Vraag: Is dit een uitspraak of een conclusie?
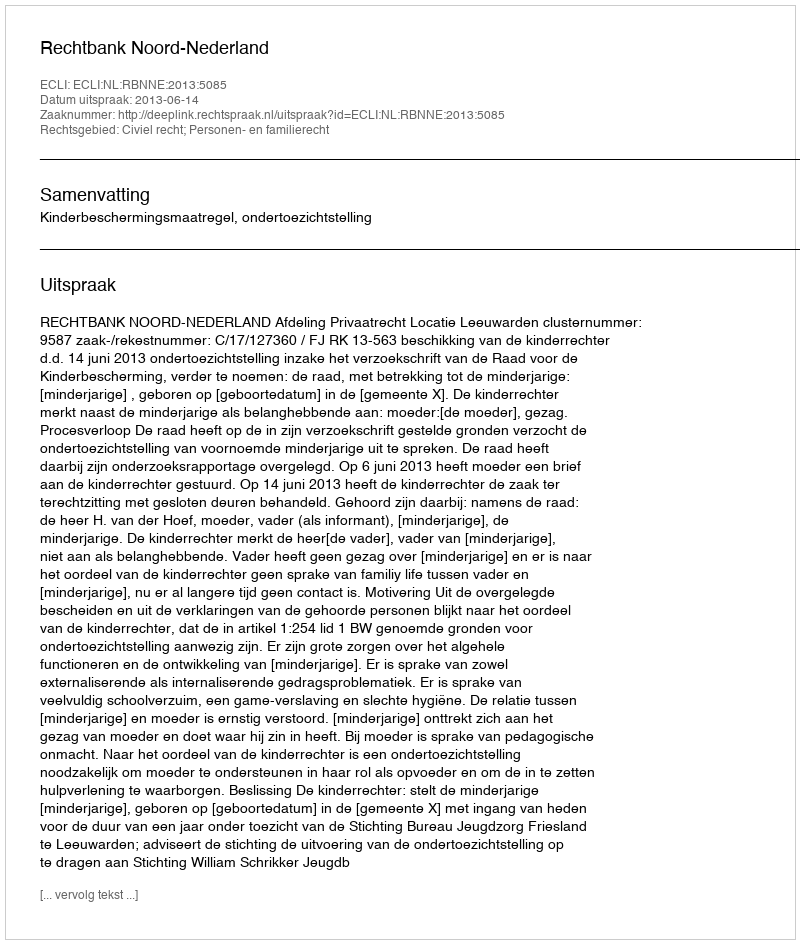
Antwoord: Uitspraak